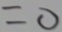
= 0